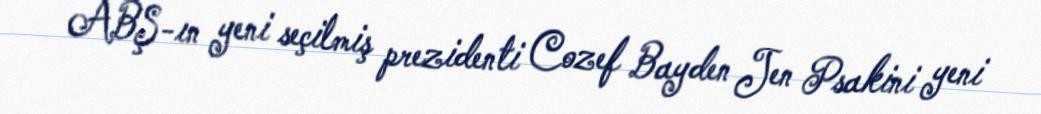
ABŞ-ın yeni seçilmiş prezidenti Cozef Bayden Jen Psakini yeni